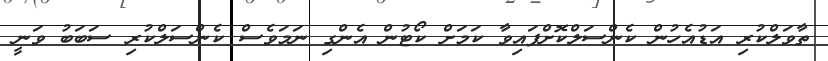
ތާވަލްކުރި އަޑުއެހުން ކެންސަލްކޮށްފައިވާ ކަމަށް ކޯޓުން އެންގި ނަމަވެސް ކެންސަލްކުރި ސަބަބު ވަނީ